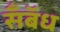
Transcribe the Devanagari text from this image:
सॅँबॅध